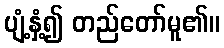
ပျံ့နှံ့၍ တည်တော်မူ၏။